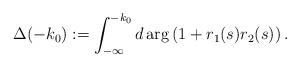
LaTeX: \begin{align*} \Delta(-k_0):=\int_{-\infty}^{-k_0}d\arg\left(1+r_1(s)r_2(s)\right).\end{align*}